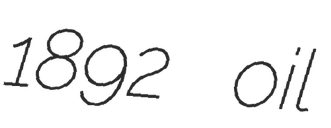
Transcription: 1892 oil